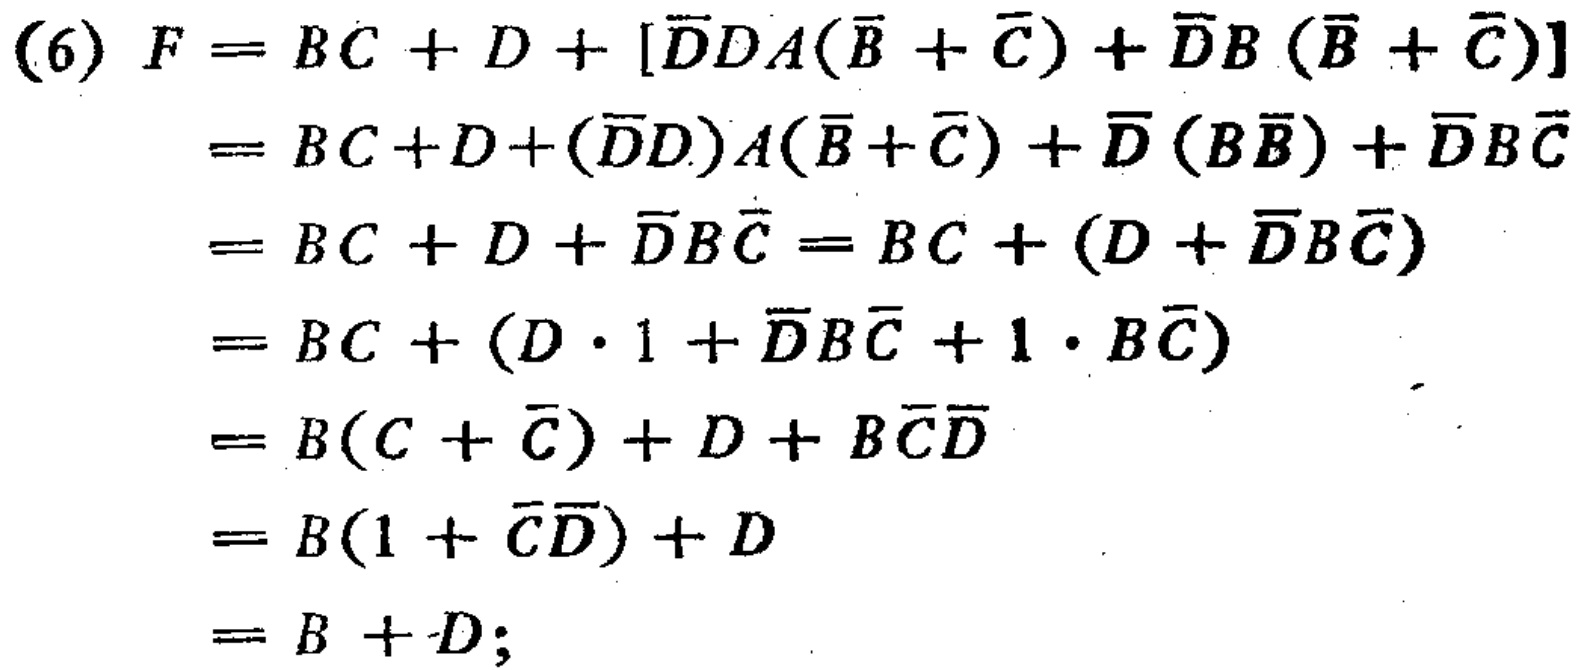
\begin{align*}

(6) F&=BC + D+[\overline{D}DA(\overline{B}+\overline{C})+\overline{D}B(\overline{B}+\overline{C})]\\

&=BC + D+(\overline{D}D)A(\overline{B}+\overline{C})+\overline{D}(B\overline{B})+\overline{D}B\overline{C}\\

&=BC + D+\overline{D}B\overline{C}=BC+(D+\overline{D}B\overline{C})\\

&=BC+(D\cdot1+\overline{D}B\overline{C}+1\cdot B\overline{C})\\

&=B(C+\overline{C})+D + B\overline{C}\overline{D}\\

&=B(1+\overline{C}\overline{D})+D\\

&=B + D;

\end{align*}